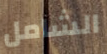
الشامل